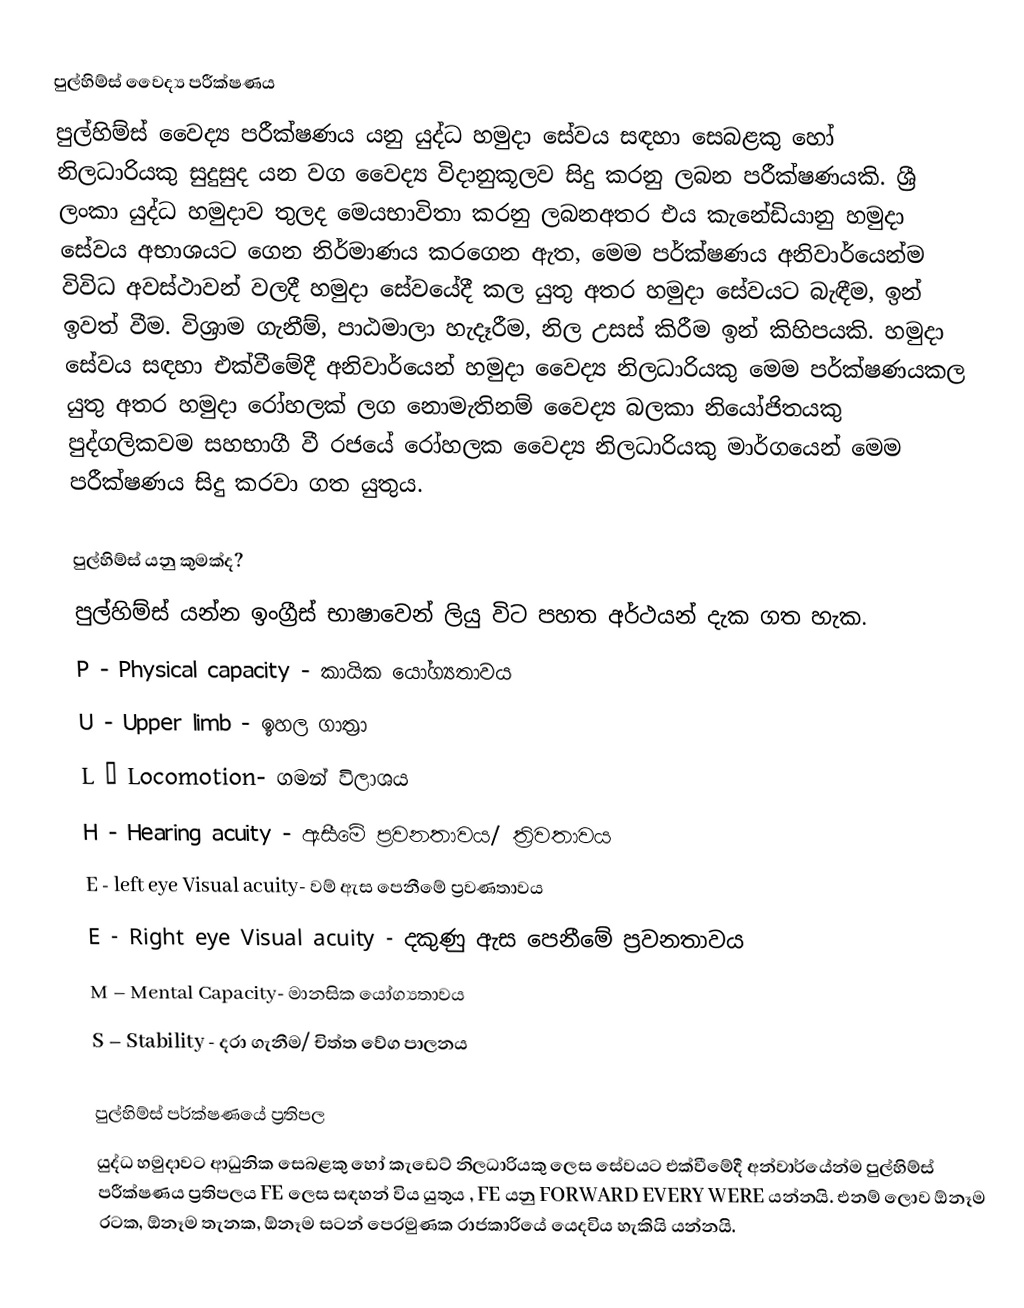
පුල්හිම්ස් වෛද්‍ය පරීක්ෂණය
පුල්හිම්ස් වෛද්‍ය පරීක්ෂණය යනු යුද්ධ හමුදා සේවය සඳහා සෙබළකු හෝ නිලධාරියකු සුදුසුද යන වග වෛද්‍ය විදානුකූලව සිදු කරනු ලබන පරීක්ෂණයකි. ශ්‍රී ලංකා යුද්ධ හමුදාව තුලද මෙයභාවිතා කරනු ලබනඅතර එය කැනේඩියානු හමුදා සේවය අභාශයට ගෙන නිර්මාණය කරගෙන ඇත, මෙම පර්ක්ෂණය අනිවාර්යෙන්ම විවිධ අවස්ථාවන් වලදී හමුදා සේවයේදී කල යුතු අතර හමුදා සේවයට බැඳීම, ඉන් ඉවත් වීම. විශ්‍රාම ගැනීම්, පාඨමාලා හැදෑරීම, නිල උසස් කිරීම ඉන් කිහිපයකි. හමුදා සේවය සඳහා එක්වීමේදී අනිවාර්යෙන් හමුදා වෛද්‍ය නිලධාරියකු මෙම පර්ක්ෂණයකල යුතු අතර හමුදා රෝහලක් ලග නොමැතිනම් වෛද්‍ය බලකා නියෝජිතයකු පුද්ගලිකවම සහභාගී වී රජයේ රෝහලක වෛද්‍ය නිලධාරියකු මාර්ගයෙන් මෙම පරීක්ෂණය සිදු කරවා ගත යුතුය.

පුල්හිම්ස් යනු කුමක්ද?
පුල්හිම්ස් යන්න ඉංග්‍රීස් භාෂාවෙන් ලියු විට පහත අර්ථයන් දැක ගත හැක.
 P - Physical capacity - කායික යෝග්‍යතාවය
 U - Upper limb - ඉහල ගාත්‍රා
 L – Locomotion- ගමන් විලාශය
 H - Hearing acuity - ඇසීමේ ප්‍රවනතාවය/ ත්‍රිවතාවය
 E  -  left  eye Visual acuity- වම් ඇස පෙනීමේ ප්‍රවණතාවය
 E -  Right eye Visual acuity - දකුණු ඇස පෙනීමේ ප්‍රවනතාවය
 M – Mental Capacity-  මානසික යෝග්‍යතාවය
 S – Stability - දරා ගැනීම/ චිත්ත වේග පාලනය

පුල්හිම්ස් පර්ක්ෂණයේ ප්‍රතිපල
යුද්ධ හමුදාවට ආධුනික සෙබළකු හෝ කැඩෙට් නිලධාරියකු ලෙස සේවයට එක්වීමේදී අන්වාර්යේන්ම පුල්හිම්ස් පරීක්ෂණය ප්‍රතිපලය FE ලෙස සඳහන් විය යුතුය , FE යනු FORWARD EVERY WERE  යන්නයි. එනම් ලොව ඕනෑම රටක, ඕනෑම තැනක, ඕනෑම සටන් පෙරමුණක රාජකාරියේ යෙදවිය හැකියි යන්නයි.